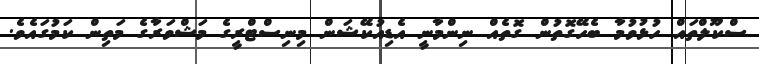
ސްކޫލްތައް ހުޅުވުމާ ބެހޭގޮތުން ގޮތެއް ނިންމާނީ އެޑިއުކޭޝަން މިނިސްޓްރީގެ މަޝްވަރާގެ މަތިން ކަމުގައެވެ.